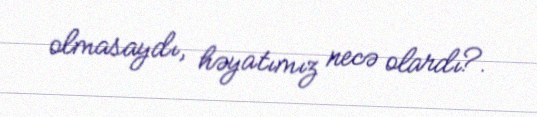
olmasaydı, həyatımız necə olardı?.